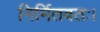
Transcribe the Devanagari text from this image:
निर्मितवतः।